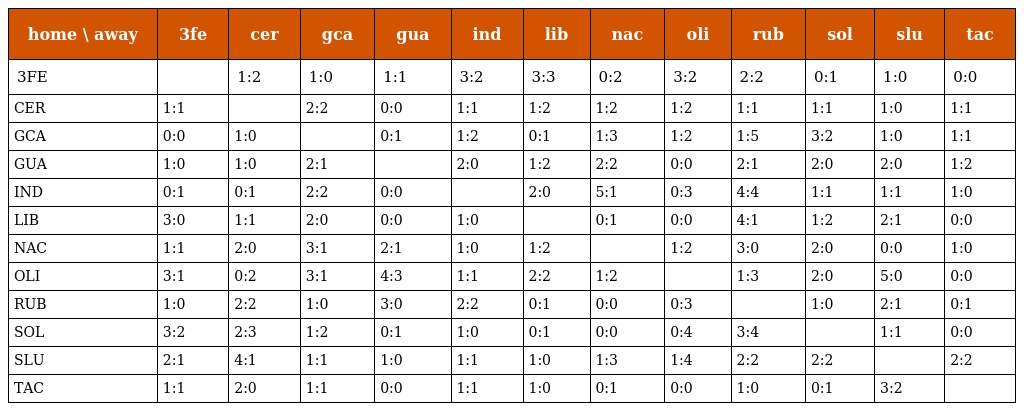
| home \ away | 3fe | cer | gca | gua | ind | lib | nac | oli | rub | sol | slu | tac |
 | --- | --- | --- | --- | --- | --- | --- | --- | --- | --- | --- | --- | --- |
 | 3FE |  | 1:2 | 1:0 | 1:1 | 3:2 | 3:3 | 0:2 | 3:2 | 2:2 | 0:1 | 1:0 | 0:0 |
 | CER | 1:1 |  | 2:2 | 0:0 | 1:1 | 1:2 | 1:2 | 1:2 | 1:1 | 1:1 | 1:0 | 1:1 |
 | GCA | 0:0 | 1:0 |  | 0:1 | 1:2 | 0:1 | 1:3 | 1:2 | 1:5 | 3:2 | 1:0 | 1:1 |
 | GUA | 1:0 | 1:0 | 2:1 |  | 2:0 | 1:2 | 2:2 | 0:0 | 2:1 | 2:0 | 2:0 | 1:2 |
 | IND | 0:1 | 0:1 | 2:2 | 0:0 |  | 2:0 | 5:1 | 0:3 | 4:4 | 1:1 | 1:1 | 1:0 |
 | LIB | 3:0 | 1:1 | 2:0 | 0:0 | 1:0 |  | 0:1 | 0:0 | 4:1 | 1:2 | 2:1 | 0:0 |
 | NAC | 1:1 | 2:0 | 3:1 | 2:1 | 1:0 | 1:2 |  | 1:2 | 3:0 | 2:0 | 0:0 | 1:0 |
 | OLI | 3:1 | 0:2 | 3:1 | 4:3 | 1:1 | 2:2 | 1:2 |  | 1:3 | 2:0 | 5:0 | 0:0 |
 | RUB | 1:0 | 2:2 | 1:0 | 3:0 | 2:2 | 0:1 | 0:0 | 0:3 |  | 1:0 | 2:1 | 0:1 |
 | SOL | 3:2 | 2:3 | 1:2 | 0:1 | 1:0 | 0:1 | 0:0 | 0:4 | 3:4 |  | 1:1 | 0:0 |
 | SLU | 2:1 | 4:1 | 1:1 | 1:0 | 1:1 | 1:0 | 1:3 | 1:4 | 2:2 | 2:2 |  | 2:2 |
 | TAC | 1:1 | 2:0 | 1:1 | 0:0 | 1:1 | 1:0 | 0:1 | 0:0 | 1:0 | 0:1 | 3:2 |  |